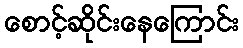
စောင့်ဆိုင်းနေကြောင်း